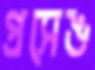
প্রসেঙ